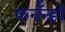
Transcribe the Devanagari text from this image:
फर्नॅन्डो